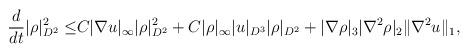
LaTeX: \begin{align*}\frac{d}{dt}|\rho|^2_{D^2}\leq& C|\nabla u|_\infty|\rho|^2_{D^2}+C|\rho|_{\infty}|u|_{D^3}|\rho|_{D^2}+|\nabla \rho|_3|\nabla^2 \rho|_2\|\nabla ^2 u\|_1,\end{align*}